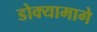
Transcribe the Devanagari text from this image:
डोक्यामागे